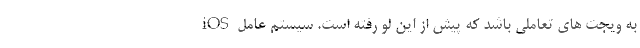
به ویجت های تعاملی باشد که پیش از این لو رفته است. سیستم عامل iOS